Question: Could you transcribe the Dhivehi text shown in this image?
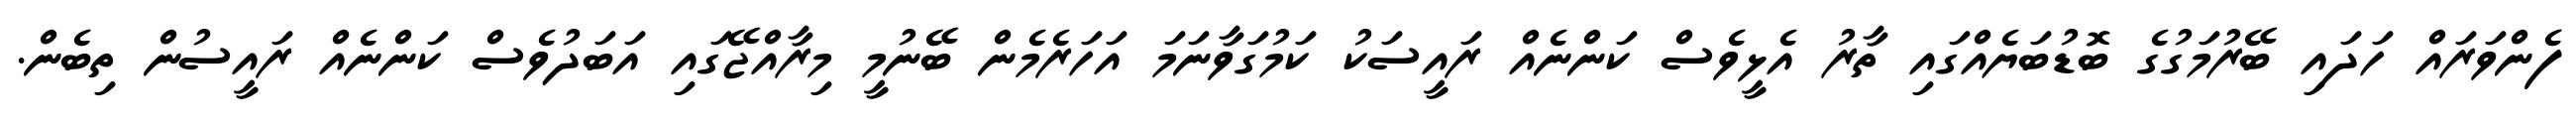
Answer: ފެންވަރައް ހަދައި ބޭރުމަގުގެ ބޮޑުބަޔެއްގައި ތާރު އެޅީވެސް ކަންނެއް ރައީސަކު ކަމުގަވާނަމަ އަހަރެމެން ބޭނުމީ މިރާއްޖޭގައި އަބަދުވެސް ކަންނެއް ރައީސުން ތިބެން.